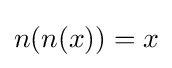
n(n(x))=x